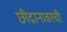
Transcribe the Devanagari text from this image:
छीद्रानावरची